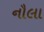
નૌલા